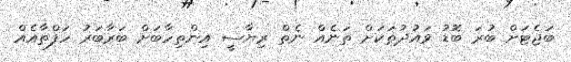
ބަޖެޓަށް ބުރަ ބޮޑު ވައުދުތަކަށް ތަނެއް ނެތް ރިޔާސީ އިންތިހާބަށް ބަރާބަރު ހަފްތާއެއް